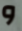
و